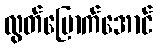
လွတ်မြောက်အောင်